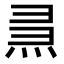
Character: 𤈗